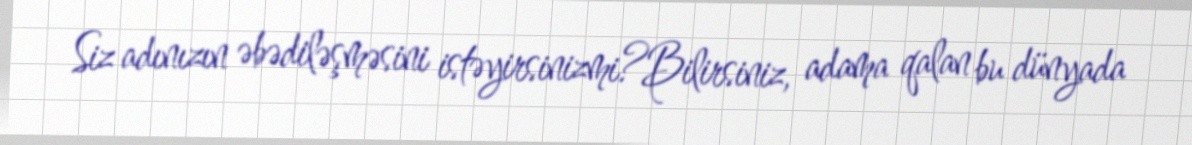
Siz adınızın əbədiləşməsini istəyirsinizmi?Bilirsiniz, adama qalan bu dünyada